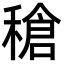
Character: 䅮